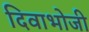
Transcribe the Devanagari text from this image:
दिवाभोजी